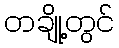
တချို့တွင်